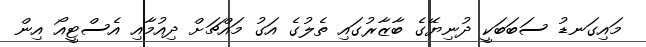
މައިގަނޑު ސަބަބަކީ ދުނިޔޭގެ ބާޒާރުގައި ތެލުގެ އަގު މައްޗަށް ދިއުމާއި އެސްޓީއޯ އިން